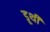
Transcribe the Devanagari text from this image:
डूथी